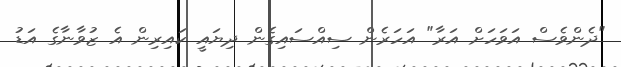
"ދެންވެސް އަވަހަށް އަރާ" އަހަރެން ސިއްސައިގެން ދިޔައީ ކައިރިން އެ ޒުވާނާގެ އަޑު